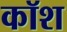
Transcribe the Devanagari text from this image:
कॉश